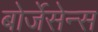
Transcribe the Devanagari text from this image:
बोर्जेसेन्स